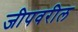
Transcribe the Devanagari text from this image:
जीपवरील